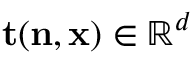
\mathbf { t } ( \mathbf { n } , \mathbf { x } ) \in \mathbb { R } ^ { d }